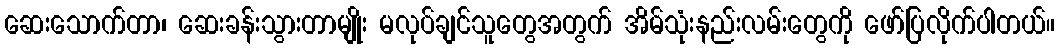
ဆေးသောက်တာ၊ ဆေးခန်းသွားတာမျိုး မလုပ်ချင်သူတွေအတွက် အိမ်သုံးနည်းလမ်းတွေကို ဖော်ပြလိုက်ပါတယ်။